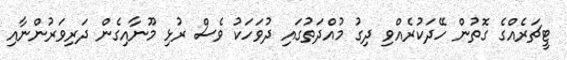
ޓީޗަރެއްގެ ގޮތުން ހޭދަކުރެއްވި ދިގު މުއްދަތުގައި ދުވަހަކު ވެސް ރުޅި މޫނާއިގެން ދަރިވަރުންނާއި